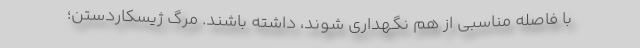
با فاصله مناسبی از هم نگهداری شوند، داشته باشند. مرگ ژیسکاردستن؛